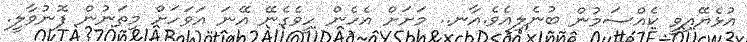
އުޅެޔޭއިވީ ކެއްސަމުން ބުނެލިއެވެ.އާނ.. މަށަށް އެހެން ހީވެގެނޭ އޭނަ އަވަހަށް މިތަނުން ފޮނުވާލީ.